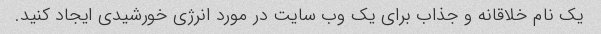
یک نام خلاقانه و جذاب برای یک وب سایت در مورد انرژی خورشیدی ایجاد کنید.